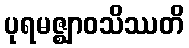
ပုရမဇ္ဈာဝသိဿတိ